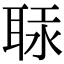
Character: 𦕷